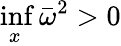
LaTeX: \operatorname*{inf}_{x}{\bar{\omega}}^{2}>0